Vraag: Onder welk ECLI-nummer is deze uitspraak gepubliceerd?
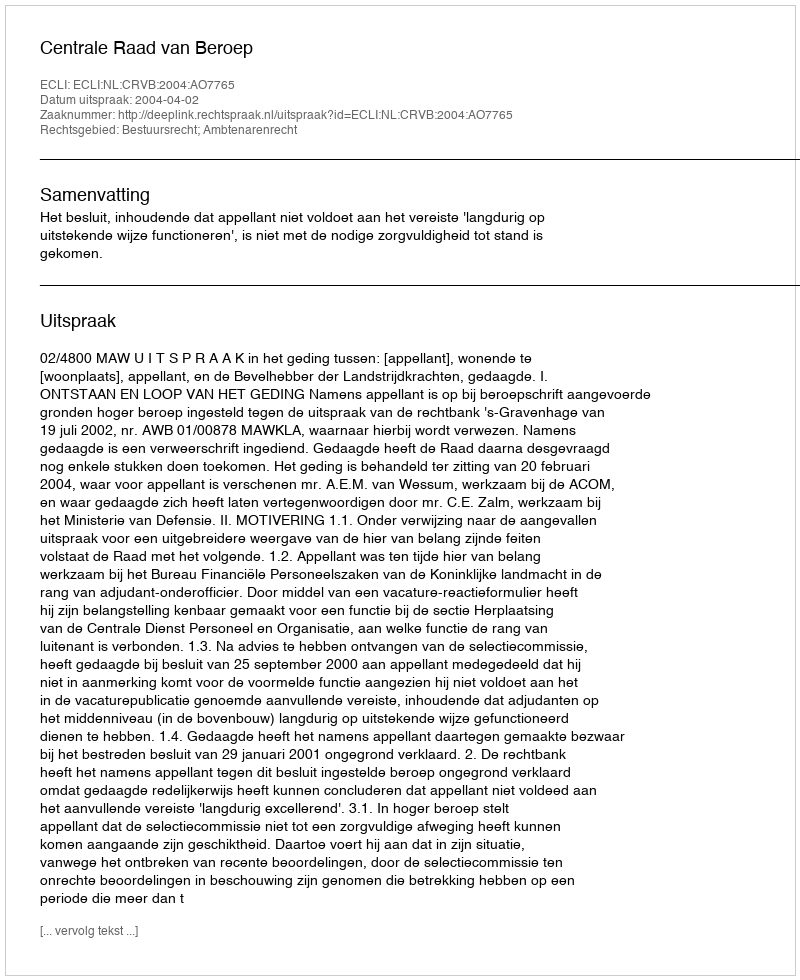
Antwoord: ECLI:NL:CRVB:2004:AO7765